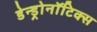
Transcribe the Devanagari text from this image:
डेन्ड्रोनॉटिक्स